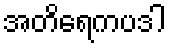
အတိရေကပဒါ